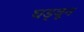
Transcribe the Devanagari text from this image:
घड्वून